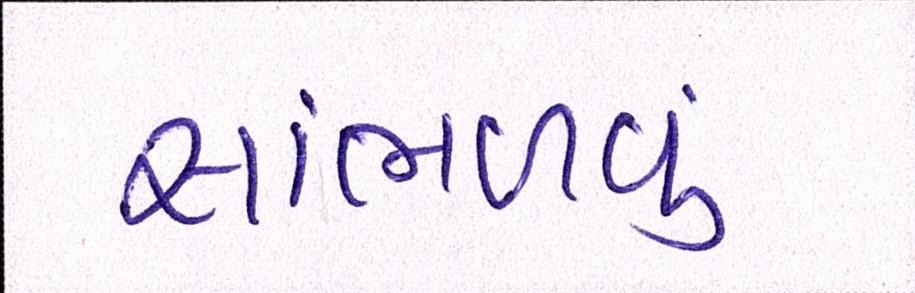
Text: સાંભળવું